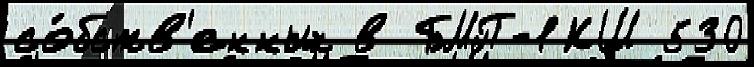
со́бств'енных в БМП-1КШ 530